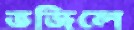
ভজিলে